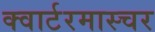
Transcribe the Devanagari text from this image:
क्वार्टरमास्चर